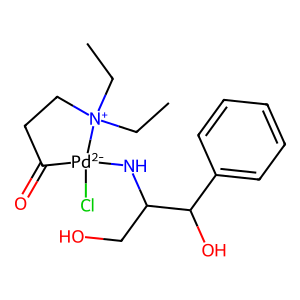
SMILES: CC[N+]1(CC)CCC(=O)[Pd-2]1(Cl)NC(CO)C(O)c1ccccc1
Inhibits HIV replication: No